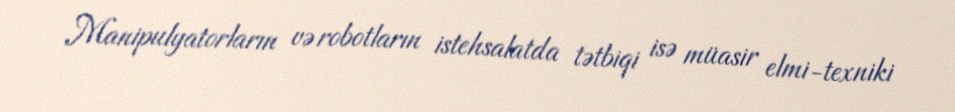
Manipulyatorların və robotların istehsalatda tətbiqi isə müasir elmi-texniki